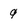
Character: 9